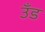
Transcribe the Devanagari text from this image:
उँड